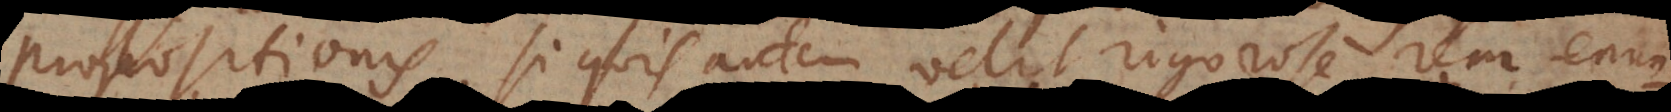
propositionis. Si quis autem velit rigorose rem enun